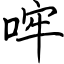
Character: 哰